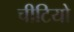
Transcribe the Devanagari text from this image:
चीटियो